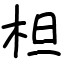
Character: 柦